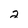
Character: 2